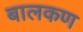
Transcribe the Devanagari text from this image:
बालकण